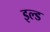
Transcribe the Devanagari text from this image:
इल्ड